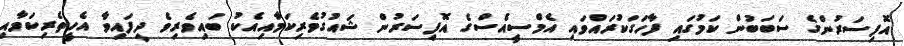
އޮފިސަރުންގެ ސަބަބުން ކަމުގައި ފާހަގަކުރައްވައި އެމްސީއެސްގެ އޮފިސަރުން ޝައުގުވެރިކަމާއިއެކު ބައިވެރިވެ ދީފައިވާ އެހީތެރިކަމާއި